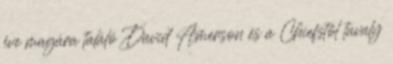
éve magára találó David Amerson és a Chiefstől tavaly